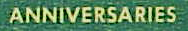
ANNIVERSARIES